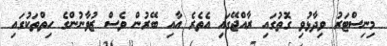
މިނިސްޓަރު ވިދާޅުވި ގޮތުގައި ރާއްޖޭގައި އެތެރެ އާއި ބޭރުން ވެސް ޒުވާނުންގެ ހިތްތަކުގައި